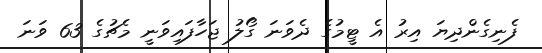
ފެނިގެންދިޔަ އިރު އެ ޓީމުގެ ދެވަނަ ގޯލު ޖަހާފައިވަނީ މެޗުގެ 63 ވަނަ